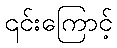
၎င်းကြောင့်